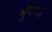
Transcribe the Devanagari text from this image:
श्रुंगारती